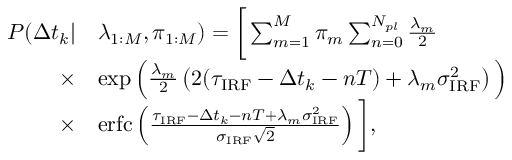
\begin{array} { r l } { P ( \Delta t _ { k } | } & { \lambda _ { 1 : M } , \pi _ { 1 : M } ) = \bigg [ \sum _ { m = 1 } ^ { M } \pi _ { m } \sum _ { n = 0 } ^ { N _ { p l } } \frac { \lambda _ { m } } { 2 } } \\ { \times } & { \exp \Big ( \frac { \lambda _ { m } } { 2 } \left( 2 ( \tau _ { \mathrm { I R F } } - \Delta t _ { k } - n T ) + \lambda _ { m } \sigma _ { \mathrm { I R F } } ^ { 2 } \right) \Big ) } \\ { \times } & { \mathrm { e r f c } \left( \frac { \tau _ { \mathrm { I R F } } - \Delta t _ { k } - n T + \lambda _ { m } \sigma _ { \mathrm { I R F } } ^ { 2 } } { \sigma _ { \mathrm { I R F } } \sqrt { 2 } } \right) \bigg ] , } \end{array}